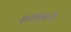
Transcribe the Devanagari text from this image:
हॉलिने